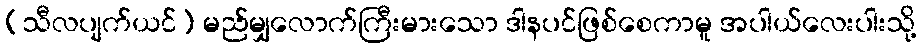
(သီလပျက်ယင်) မည်မျှလောက်ကြီးမားသော ဒါနပင်ဖြစ်စေကာမူ အပါယ်လေးပါးသို့